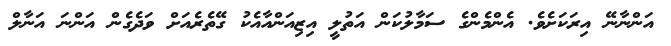
އަންނާނޭ އިރަކަށެވެ. އެންމެންގެ ސަމާލުކަން އަތުލީ އިޒިއަންއާއެކު ގޭތެރެއަށް ވަދެގެން އަންނަ އަނާލް